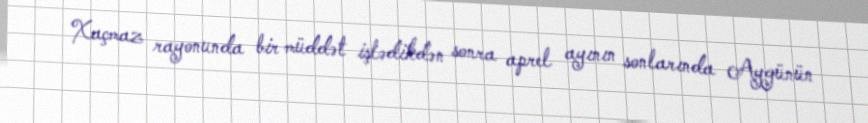
Xaçmaz rayonunda bir müddət işlədikdən sonra aprel ayının sonlarında Aygünün